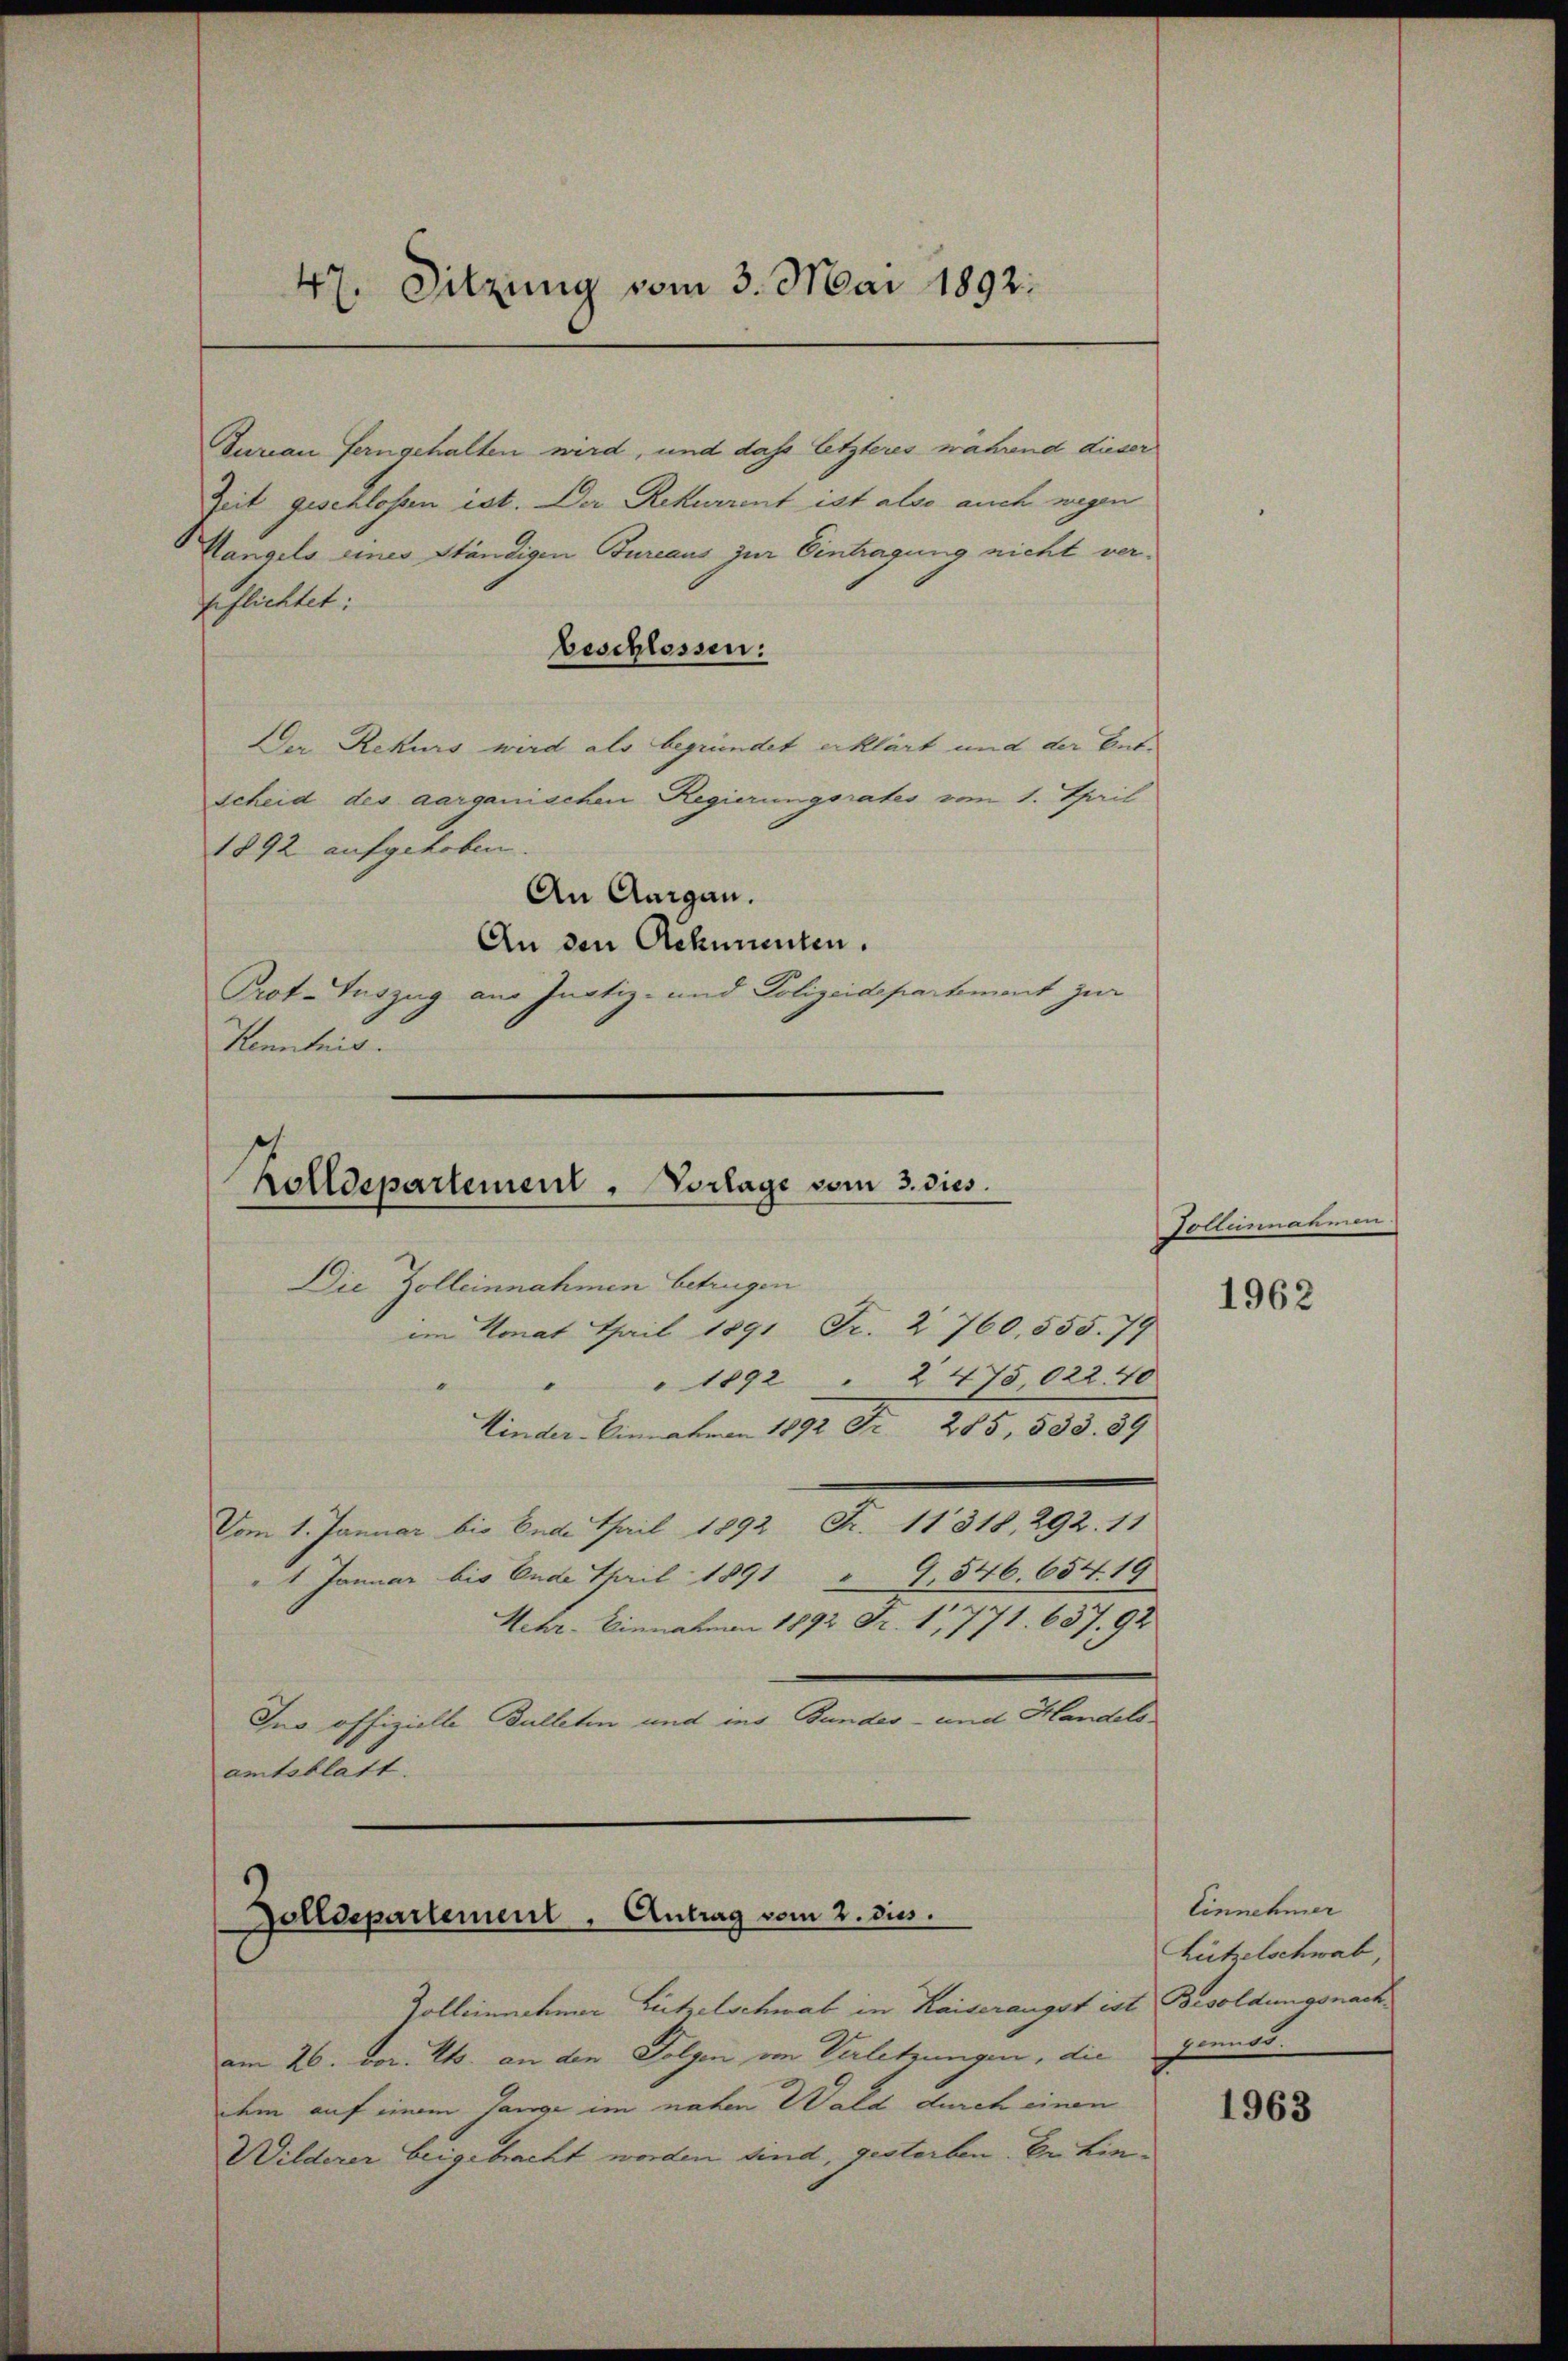
Tureau ferngehalten wird, und dass letzteres während dieser
Zeit geschlossen ist. Der Rekurrent ist also auch wegen
Cangels eines ständigen Bureaus zur Eintragung nicht verpflichtet:
beschlossen:
Der Rekurs wird als begründet erklärt und der Entscheid des aarganischen Regierungsrates vom 1. Tail
1892 aufgehoben.
An Aargau.
An den Ackumenten.
Prot. Auszug aus Justiz- und Polizeidepartement zur
Kenntnis.

47. Sitzung vom 3. Mai 1892:

Zolldepartement . Vorlage vom 3. dies

Die Zolleinnahmen betrugen
im Monat April 1891 Fr. 2 760, 555. 79
" 1892 " 2475,022. 40
.
Kinder-Einnahmen 1892 Fr. 285, 533. 39
Vom 1. Januar bis Ende April 1892 Fr. 11318, 292. 11
1 Januar bis Ende April 1891 " 9,546. 654. 19
Hehr-Einnahmen 1892 Fr. 1, 771. 637, 92
In offizielle Bulletin und ins Bundes- und Handelsamtsblatt.

Zolldepartement. Antrag vom 2. dies

Zolleinnehmer Lützelschwab in Kaiserangst ist Besoldungsnach
am 26. vor. Mts. an der Folgen von Verletzungen, die
dem auf einem Gange im nahen Wald durch einen
Wilderer beigebracht worden sind, gestorben. Dr. Lin¬

Golleinnahmen

1962

Einnehmer
Lützelschwab,
geend.

1963